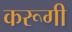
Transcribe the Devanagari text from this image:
करूगी